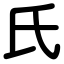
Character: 氏